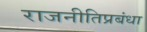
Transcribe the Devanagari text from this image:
राजनीतिप्रबंधा